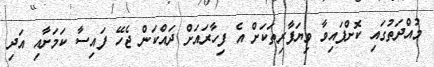
މުއްދަތުގައި ކޮށްފައިވާ ވިޔަފާރިތަކަށް އެ ފިހާރައަށް ދައްކަން ޖެހޭ ފައިސާ ކަމަށާއި އަދި